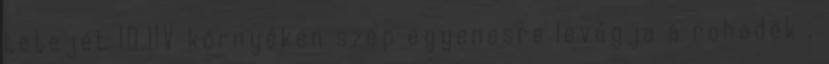
tetejét 10.11V környékén szép egyenesre levágja a rohadék ,